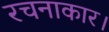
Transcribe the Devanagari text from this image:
रचनाकार।